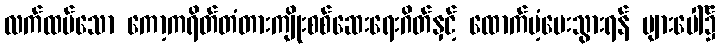
လက်ထပ်သော ကော့ကရိတ်တံတားကျိုးစစ်ဆေးရေးဂိတ်နှင့် ထောက်ပံ့ပေးသွားရန် များပေါ်၌